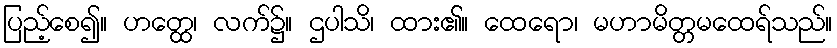
ပြည့်စေ၍။ ဟတ္ထေ၊ လက်၌။ ဌပါသိ၊ ထား၏။ ထေရော၊ မဟာမိတ္တမထေရ်သည်။